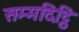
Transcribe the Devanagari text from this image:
सम्मदिट्ठि